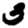
Digit: 3